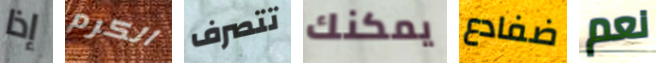
إذا الكرم تتصرف يمكنك ضفادع نعم